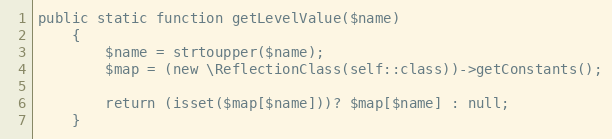
Language: PHP
public static function getLevelValue($name)
    {
        $name = strtoupper($name);
        $map = (new \ReflectionClass(self::class))->getConstants();

        return (isset($map[$name]))? $map[$name] : null;
    }